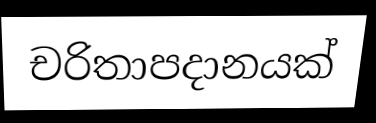
චරිතාපදානයක්